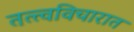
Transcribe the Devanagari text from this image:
तत्त्वविचारात